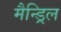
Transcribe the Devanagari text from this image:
मैन्ड्रिल